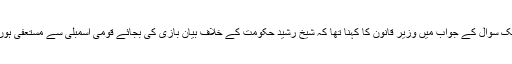
ایک سوال کے جواب میں وزیر قانون کا کہنا تھا کہ شیخ رشید حکومت کے خلاف بیان بازی کی بجائے قومی اسمبلی سے مستعفی ہوں۔